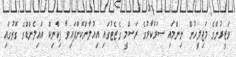
ވަޒީރުންގެ މަޖިލީހުން ނިންމައި ސަރުކާރުގެ ރަސްމީ ގެޒެޓުގައި އިއުލާންކޮށްފައިވާ ޕިކްނިކް އައިލެންޑްގެ ގޮތުގައި